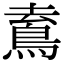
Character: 𩿟